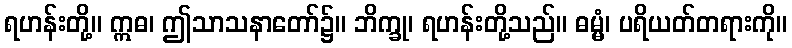
ရဟန်းတို့။ ဣဓ၊ ဤသာသနာတော်၌။ ဘိက္ခု၊ ရဟန်းတို့သည်။ ဓမ္မံ၊ ပရိယတ်တရားကို။